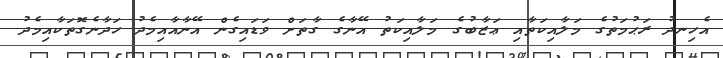
އެހިނދު ރަޙުމަތުގެ މަލާއިކަތާއި ޢަޒާބުގެ މަލާއިކަތު އޭނާގެ ގާތަށް ވަޑައިގެން އޭނާއާއިމެދު ހަދާނެގޮތަކާއިމެދު